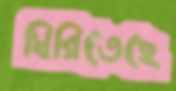
ঘিরিতেছে